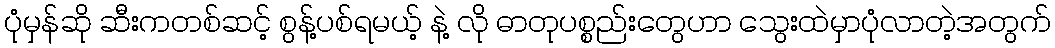
ပုံမှန်ဆို ဆီးကတစ်ဆင့် စွန့်ပစ်ရမယ့် နဲ့ လို ဓာတုပစ္စည်းတွေဟာ သွေးထဲမှာပုံလာတဲ့အတွက်